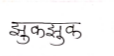
मजकूर: झुकझुक